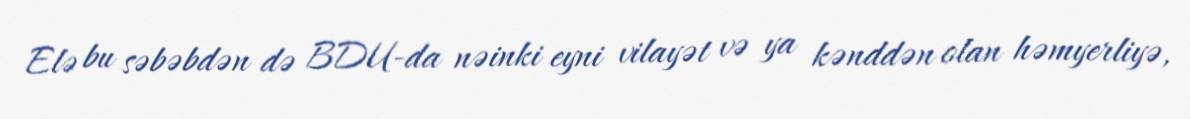
Elə bu səbəbdən də BDU-da nəinki eyni vilayət və ya kənddən olan həmyerliyə,